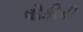
લોકીની